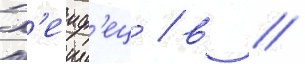
Х'еиф'ец / в //